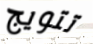
تتويج